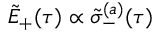
\tilde { E } _ { + } ( \tau ) \propto \tilde { \sigma } _ { - } ^ { ( a ) } ( \tau )